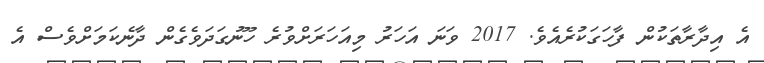
އެ އިދާރާތަކުން ފާހަގަކުރެއެވެ. 2017 ވަނަ އަހަރު މިއަހަރަށްވުރެ ހޫނުގަދަވެގެން ދާނެކަމަށްވެސް އެ